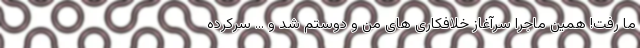
ما رفت! همین ماجرا سرآغاز خلافکاری های من و دوستم شد و ... سرکرده